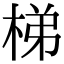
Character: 梯